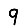
Digit: 9